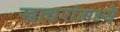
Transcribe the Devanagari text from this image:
खाचरांमध्ये